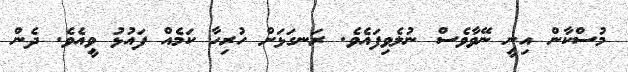
މުސްކާން އިނީ ނޭވާވެސް ނުލެވިފައެވެ. ރަނގަޅަށް ހުރިހާ ކަމެއް ފައުޅު ވީއެވެ. ދެން